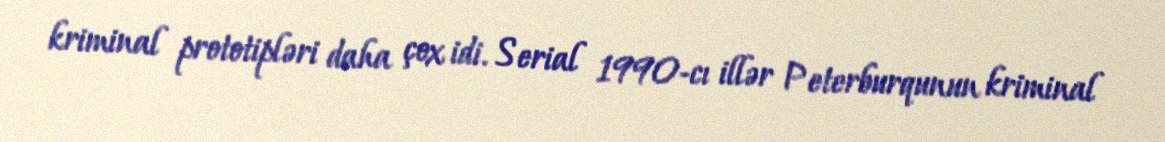
kriminal prototipləri daha çox idi. Serial 1990-cı illər Peterburqunun kriminal